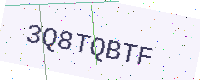
Text: 3Q8TQBTF